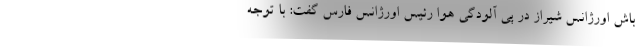
باش اورژانس شیراز در پی آلودگی هوا رئیس اورژانس فارس گفت: با توجه